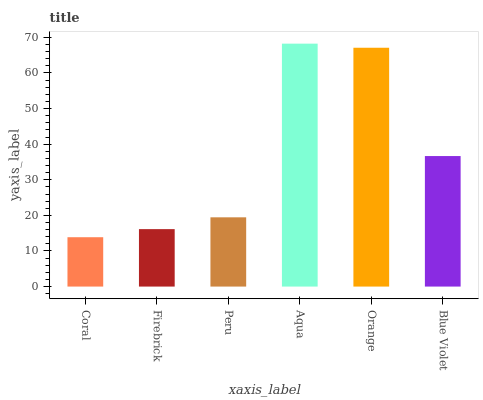
| xaxis_label | bars |
 | --- | --- |
 | Coral | 13.9 |
 | Firebrick | 16.1 |
 | Peru | 19.5 |
 | Aqua | 68.2 |
 | Orange | 67.1 |
 | Blue Violet | 36.7 |